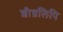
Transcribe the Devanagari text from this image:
शीघ्रलिपि